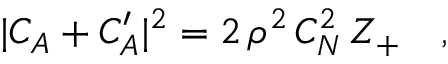
| C _ { A } + C _ { A } ^ { \prime } | ^ { 2 } = 2 \, \rho ^ { 2 } \, C _ { N } ^ { 2 } \, Z _ { + } \ \ \ ,